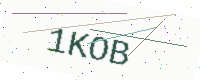
Text: 1KOB